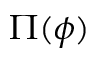
\Pi ( \phi )